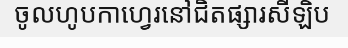
ចូលហូបកាហ្វេរនៅជិតផ្សារសីឡិប